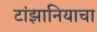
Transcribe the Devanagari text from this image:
टांझानियाचा